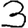
Digit: 3